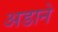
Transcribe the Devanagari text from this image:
अडाने